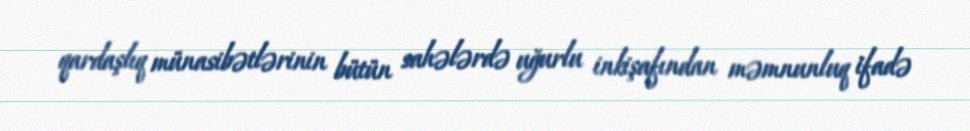
qardaşlıq münasibətlərinin bütün sahələrdə uğurlu inkişafından məmnunluq ifadə